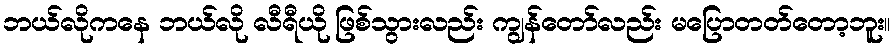
ဘယ်လိုကနေ ဘယ်လို လီရီယို ဖြစ်သွားလည်း ကျွန်တော်လည်း မပြောတတ်တော့ဘူး။